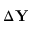
\Delta \mathbf Y